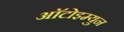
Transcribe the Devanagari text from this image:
आॅटोइम्युन